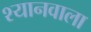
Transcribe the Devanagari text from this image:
श्यानवाला